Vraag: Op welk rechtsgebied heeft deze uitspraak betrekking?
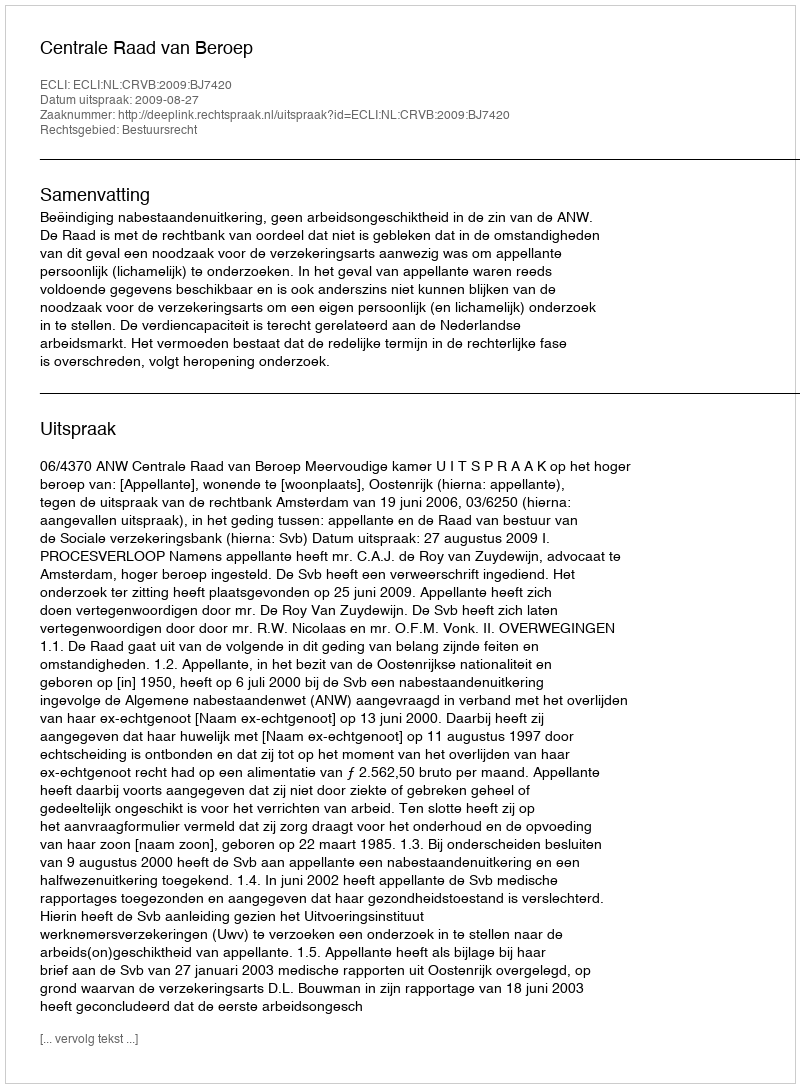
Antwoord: Bestuursrecht